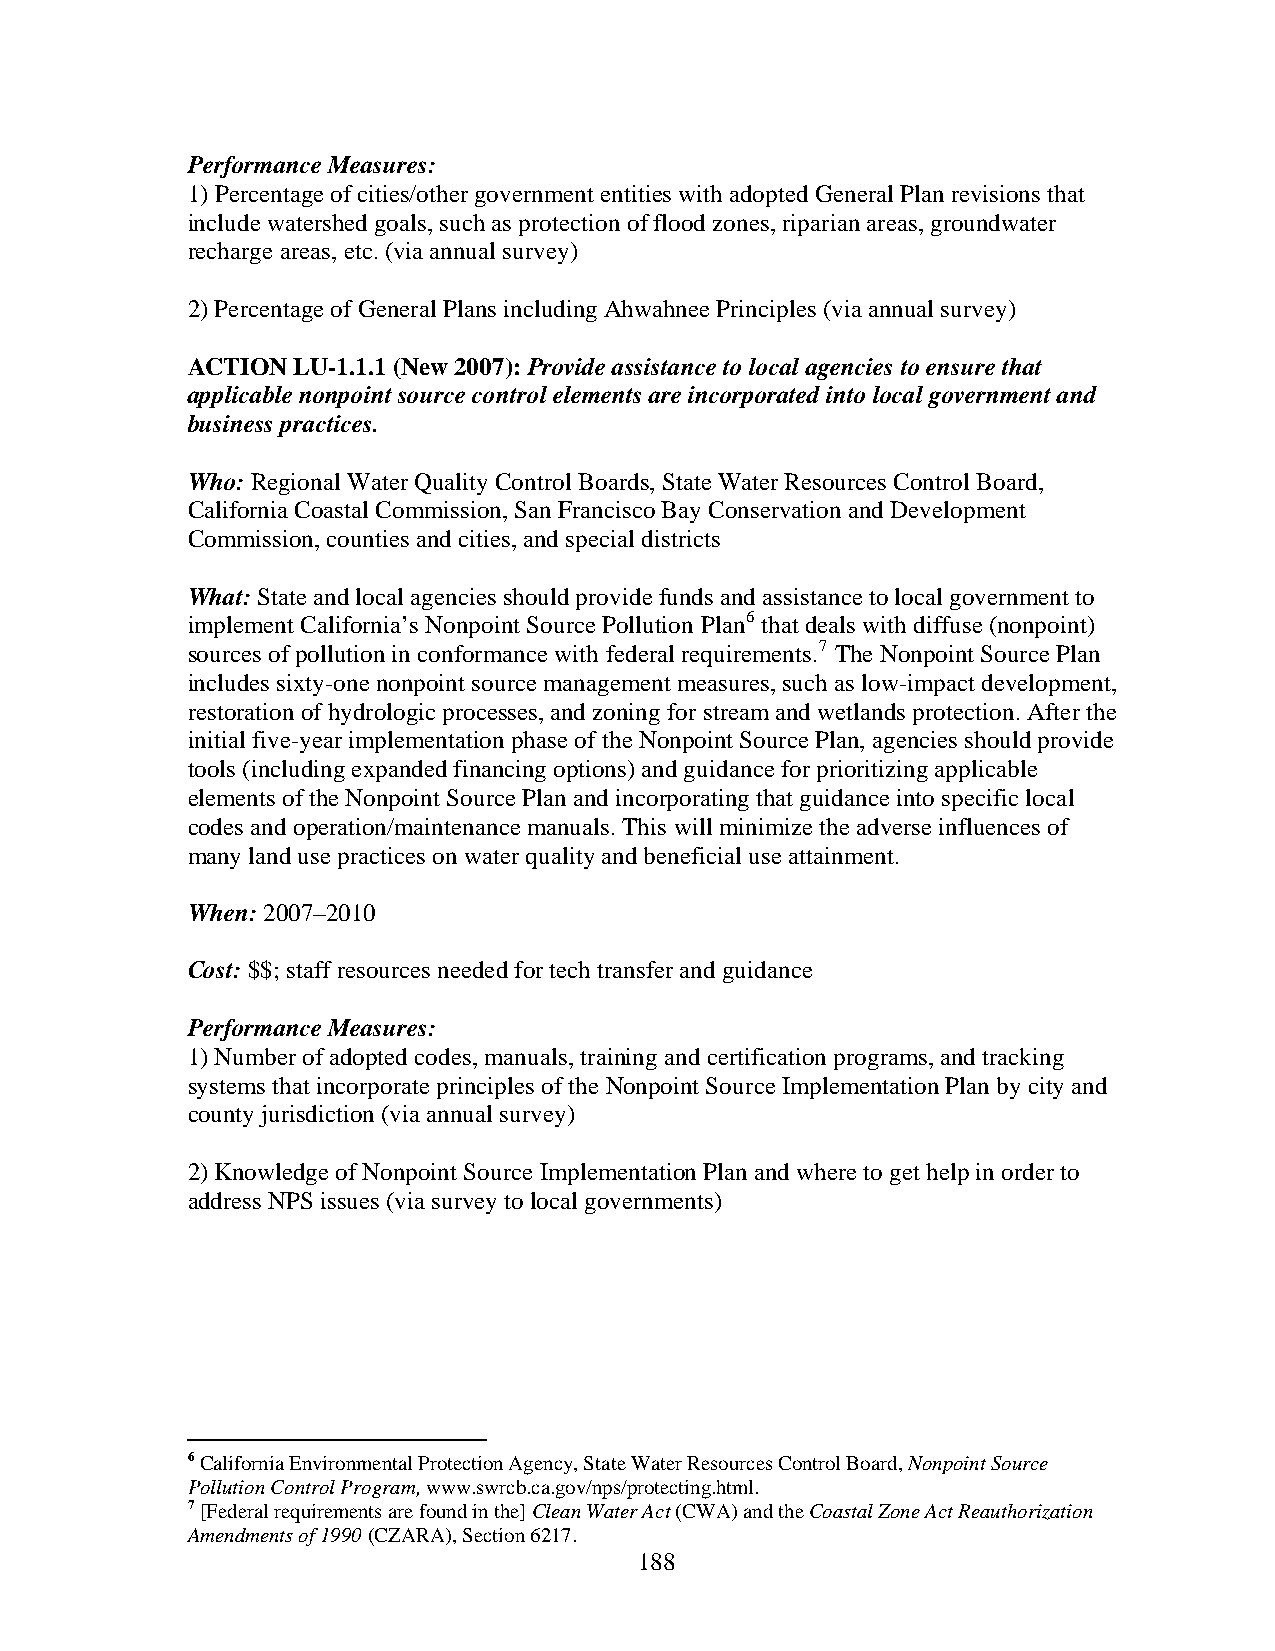
Performance Measures:
 1) Percentage of cities/other government entities with adopted General Plan revisions that
 include watershed goals, such as protection of flood zones, riparian areas, groundwater
 recharge areas, etc. (via annual survey)
 2) Percentage of General Plans including Ahwahnee Principles (via annual survey)
 ACTION LU-1.1.1 (New 2007): Provide assistance to local agencies to ensure that
 applicable nonpoint source control elements are incorporated into local government and
 business practices.
 Who: Regional Water Quality Control Boards, State Water Resources Control Board,
 California Coastal Commission, San Francisco Bay Conservation and Development
 Commission, counties and cities, and special districts
 What: State and local agencies should provide funds and assistance to local government to
 implement California’s Nonpoint Source Pollution Plan6 that deals with diffuse (nonpoint)
 sources of pollution in conformance with federal requirements.7 The Nonpoint Source Plan
 includes sixty-one nonpoint source management measures, such as low-impact development,
 restoration of hydrologic processes, and zoning for stream and wetlands protection. After the
 initial five-year implementation phase of the Nonpoint Source Plan, agencies should provide
 tools (including expanded financing options) and guidance for prioritizing applicable
 elements of the Nonpoint Source Plan and incorporating that guidance into specific local
 codes and operation/maintenance manuals. This will minimize the adverse influences of
 many land use practices on water quality and beneficial use attainment.
 When: 2007–2010
 Cost: $$; staff resources needed for tech transfer and guidance
 Performance Measures:
 1) Number of adopted codes, manuals, training and certification programs, and tracking
 systems that incorporate principles of the Nonpoint Source Implementation Plan by city and
 county jurisdiction (via annual survey)
 2) Knowledge of Nonpoint Source Implementation Plan and where to get help in order to
 address NPS issues (via survey to local governments)
 6 California Environmental Protection Agency, State Water Resources Control Board, Nonpoint Source
 Pollution Control Program, www.swrcb.ca.gov/nps/protecting.html.
 7 [Federal requirements are found in the] Clean Water Act (CWA) and the Coastal Zone Act Reauthorization
 Amendments of 1990 (CZARA), Section 6217.
 188